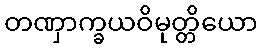
တဏှာက္ခယဝိမုတ္တိယော